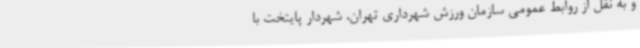
و به نقل از روابط عمومی سازمان ورزش شهرداری تهران، شهردار پایتخت با